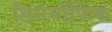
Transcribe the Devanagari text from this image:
डिसमॉर्फिक